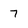
Character: 7